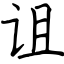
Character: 诅